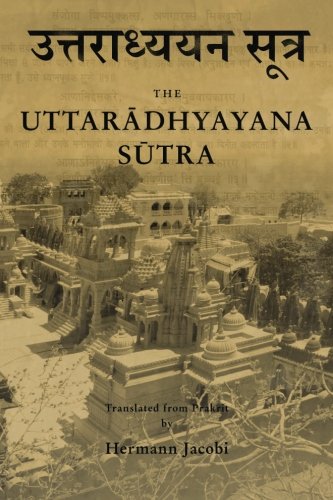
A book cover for Uttaradhyayana Sutra; Hermann Jacobi; Religion & Spirituality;